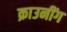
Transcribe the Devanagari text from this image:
क्राउनींग